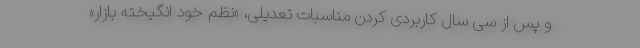
و پس از سی سال کاربردی کردن مناسبات تعدیلی، «نظم خود انگیخته بازار»